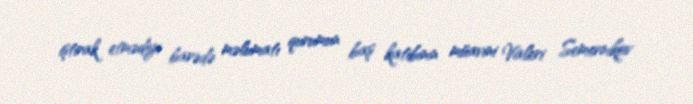
iştirak etmədiyi barədə məlumatı qurumun baş katibinin müavini Valeri Semernikov